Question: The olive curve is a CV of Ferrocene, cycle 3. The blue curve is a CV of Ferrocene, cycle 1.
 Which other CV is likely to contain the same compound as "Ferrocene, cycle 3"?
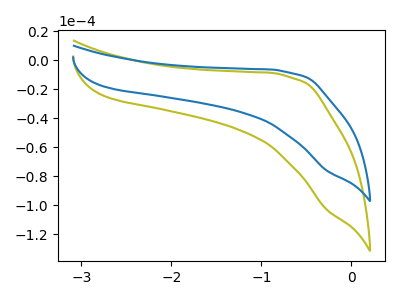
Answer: <think>The olive curve "Ferrocene, cycle 3" has no peaks. The blue curve "Ferrocene, cycle 1" has no peaks.
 Neither "Ferrocene, cycle 3" or "Ferrocene, cycle 1" have any peaks.</think>
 <answer>The CV with the most similar shape to "Ferrocene, cycle 1" is "Ferrocene, cycle 3".</answer>
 <eval>"Ferrocene, cycle 3"</eval>